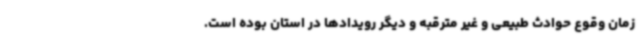
زمان وقوع حوادث طبیعی و غیر مترقبه و دیگر رویدادها در استان بوده است.